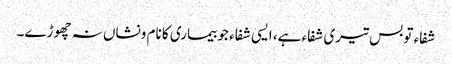
شفاء تو بس تیری شفاء ہے، ایسی شفاء جو بیماری کا نام ونشاں نہ چھوڑے۔